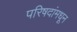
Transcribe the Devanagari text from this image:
परिषदांमधून